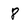
Character: 8